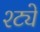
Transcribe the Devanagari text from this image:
श्ट्ये